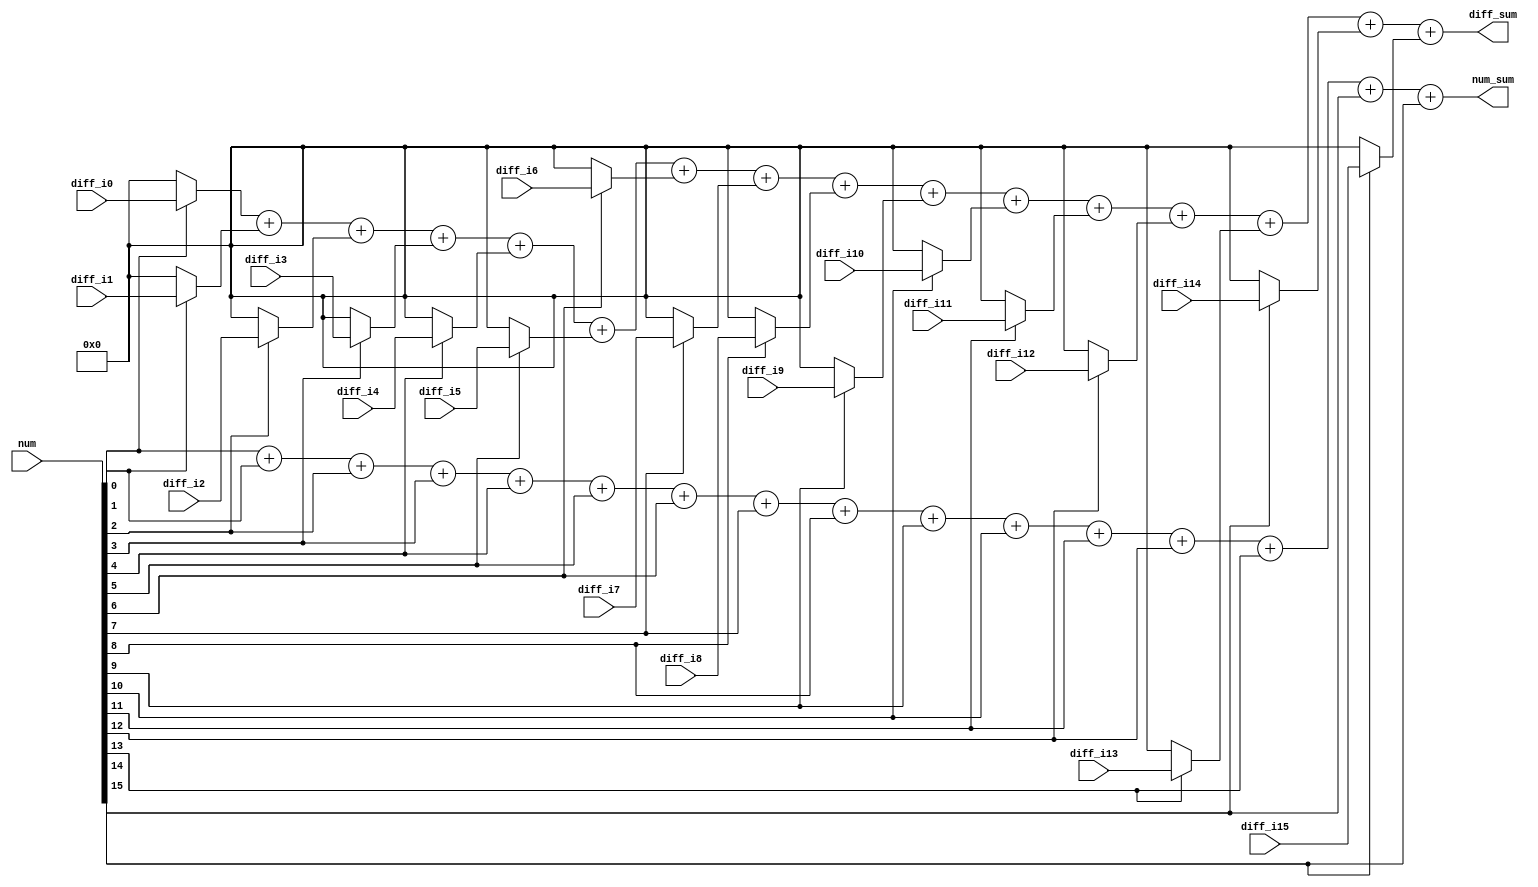
//-----------------------------------------------------------------------------------------------
//                                                                 
//  COPYRIGHT (C) 2011, VIPcore Group, Fudan University
//                                                                  
//  THIS FILE MAY NOT BE MODIFIED OR REDISTRIBUtu_veD WITHOUT THE      
//  EXPRESSED WRITtu_veN CONSENT OF VIPcore Group
//                                                                  
//  VIPcore       : http://soc.fudan.edu.cn/vip    
//  IP Owner      : Yibo FAN
//  Contact       : fanyibo@fudan.edu.cn             
//------------------------------------------------------------------------------------------------
// Creatu_ved     : 
// Description    :         
//------------------------------------------------------------------------------------------------
//`include "enc_defines.v"

module sao_sum_diff(
        num             ,
        num_sum         ,
        diff_sum        ,
        // valid            ,// actige high
        diff_i0     ,diff_i1    ,diff_i2    ,diff_i3    ,diff_i4   ,
        diff_i5     ,diff_i6    ,diff_i7    ,diff_i8    ,diff_i9   ,
        diff_i10    ,diff_i11   ,diff_i12   ,diff_i13   ,diff_i14  ,
        diff_i15    
        );

input   [16-1:0]     num                ;
input   [  5:0]      diff_i0    ,diff_i1     ,diff_i2    ,diff_i3     ,diff_i4       ,
                     diff_i5    ,diff_i6     ,diff_i7    ,diff_i8     ,diff_i9       ,
                     diff_i10   ,diff_i11    ,diff_i12   ,diff_i13    ,diff_i14      ,
                     diff_i15   ;

output wire signed  [9:0]      diff_sum            ;  
output wire         [3:0]      num_sum             ;
            
wire signed [5:0] diff_w_0 ; 
wire signed [5:0] diff_w_1 ;
wire signed [5:0] diff_w_2 ; 
wire signed [5:0] diff_w_3 ;
wire signed [5:0] diff_w_4 ; 
wire signed [5:0] diff_w_5 ;
wire signed [5:0] diff_w_6 ; 
wire signed [5:0] diff_w_7 ;
wire signed [5:0] diff_w_8 ; 
wire signed [5:0] diff_w_9 ;
wire signed [5:0] diff_w_10; 
wire signed [5:0] diff_w_11;
wire signed [5:0] diff_w_12; 
wire signed [5:0] diff_w_13;
wire signed [5:0] diff_w_14; 
wire signed [5:0] diff_w_15;

assign diff_w_0  = num[0 ] ? diff_i0  : 0 ;
assign diff_w_1  = num[1 ] ? diff_i1  : 0 ;
assign diff_w_2  = num[2 ] ? diff_i2  : 0 ;
assign diff_w_3  = num[3 ] ? diff_i3  : 0 ;
assign diff_w_4  = num[4 ] ? diff_i4  : 0 ;
assign diff_w_5  = num[5 ] ? diff_i5  : 0 ;
assign diff_w_6  = num[6 ] ? diff_i6  : 0 ;
assign diff_w_7  = num[7 ] ? diff_i7  : 0 ;
assign diff_w_8  = num[8 ] ? diff_i8  : 0 ;
assign diff_w_9  = num[9 ] ? diff_i9  : 0 ;
assign diff_w_10 = num[10] ? diff_i10 : 0 ;
assign diff_w_11 = num[11] ? diff_i11 : 0 ;
assign diff_w_12 = num[12] ? diff_i12 : 0 ;
assign diff_w_13 = num[13] ? diff_i13 : 0 ;
assign diff_w_14 = num[14] ? diff_i14 : 0 ;
assign diff_w_15 = num[15] ? diff_i15 : 0 ;


assign num_sum = num[  0]  + num[  1] 
               + num[  2]  + num[  3] 
               + num[  4]  + num[  5] 
               + num[  6]  + num[  7] 
               + num[  8]  + num[  9] 
               + num[ 10]  + num[ 11] 
               + num[ 12]  + num[ 13] 
               + num[ 14]  + num[ 15] ;


assign diff_sum= diff_w_0  + diff_w_1 
               + diff_w_2  + diff_w_3 
               + diff_w_4  + diff_w_5 
               + diff_w_6  + diff_w_7 
               + diff_w_8  + diff_w_9 
               + diff_w_10 + diff_w_11
               + diff_w_12 + diff_w_13
               + diff_w_14 + diff_w_15;


endmodule